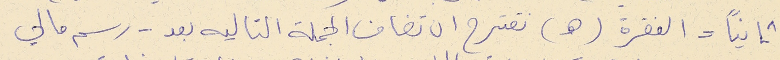
ثانياً = الفقرة (هـ) نقترح ان تضاف الجملة التاليه بعد - رسم مالي